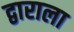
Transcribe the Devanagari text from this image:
द्वाराला